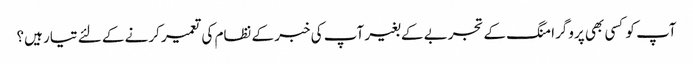
آپ کو کسی بھی پروگرامنگ کے تجربے کے بغیر آپ کی خبر کے نظام کی تعمیر کرنے کے لئے تیار ہیں؟